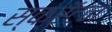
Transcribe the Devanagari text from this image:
स्क्रॅंटन